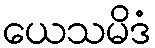
ယေသမိဒံ